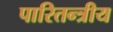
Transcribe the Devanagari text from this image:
पारितन्त्रीय